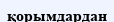
қорымдардан